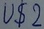
Text: U$2